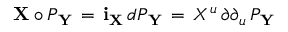
{ \bf X } \circ { \cal P } _ { \bf Y } \, = \, { \bf i } _ { \bf X } \, d { \cal P } _ { \bf Y } \, = \, X ^ { u } \, { \o { \partial } { \partial _ { u } } } \, { \cal P } _ { \bf Y } \,